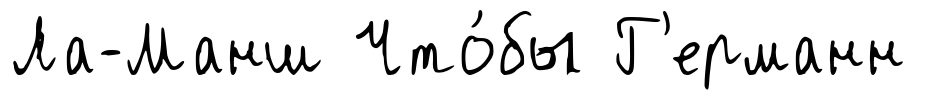
Ла-Манш Что́бы Г'ерманн